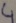
Text: 4